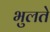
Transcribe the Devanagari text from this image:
भुलते